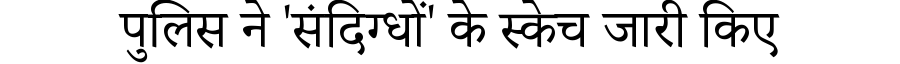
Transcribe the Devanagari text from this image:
पुलिस ने 'संदिग्धों' के स्केच जारी किए